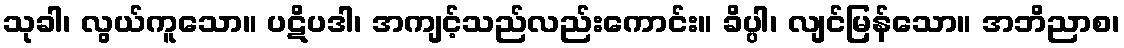
သုခါ၊ လွယ်ကူသော။ ပဋိပဒါ၊ အကျင့်သည်လည်းကောင်း။ ခိပ္ပါ၊ လျင်မြန်သော။ အဘိညာစ၊